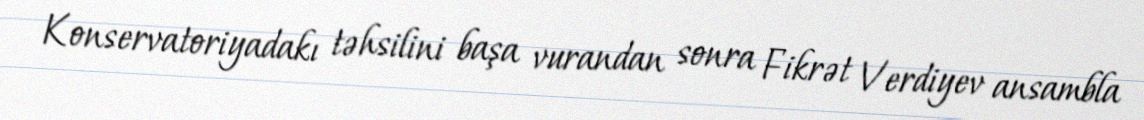
Konservatoriyadakı təhsilini başa vurandan sonra Fikrət Verdiyev ansambla